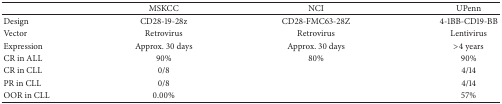
<table><thead><tr><td><b> </b></td><td><b>MSKCC</b></td><td><b>NCI</b></td><td><b>UPenn</b></td></tr></thead><tbody><tr><td>Design</td><td>CD28-19-28z</td><td>CD28-FMC63-28Z</td><td>4-1BB-CD19-BB</td></tr><tr><td>Vector</td><td>Retrovirus</td><td>Retrovirus</td><td>Lentivirus</td></tr><tr><td>Expression</td><td>Approx. 30 days</td><td>Approx. 30 days</td><td>&gt;4 years</td></tr><tr><td>CR in ALL</td><td>90%</td><td>80%</td><td>90%</td></tr><tr><td>CR in CLL</td><td>0/8</td><td> </td><td>4/14</td></tr><tr><td>PR in CLL</td><td>0/8</td><td> </td><td>4/14</td></tr><tr><td>OOR in CLL</td><td>0.00%</td><td> </td><td>57%</td></tr></tbody></table>